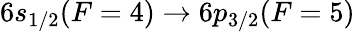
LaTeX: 6s_{1/2}(F=4)\rightarrow 6p_{3/2}(F=5)